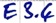
Text: E3.4